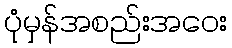
ပုံမှန်အစည်းအဝေး